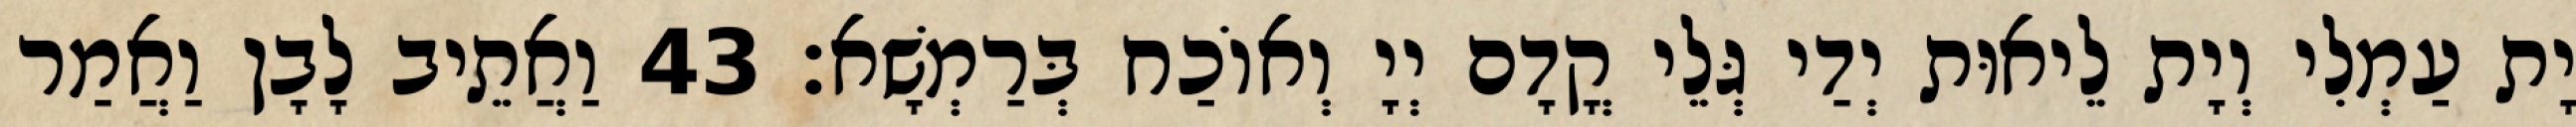
יָת עַמְלִי וְיָת לֵיאוּת יְדַי גְּלֵי קֳדָם יְיָ וְאוֹכַח בְּרַמְשָׁא׃ 43 וַאֲתֵיב לָבָן וַאֲמַר